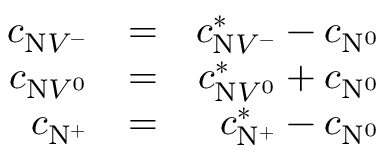
\begin{array} { r l r } { c _ { \mathrm { N } V ^ { - } } } & { = } & { c _ { \mathrm { N } V ^ { - } } ^ { * } - c _ { \mathrm { N } ^ { 0 } } } \\ { c _ { \mathrm { N } V ^ { 0 } } } & { = } & { c _ { \mathrm { N } V ^ { 0 } } ^ { * } + c _ { \mathrm { N } ^ { 0 } } } \\ { c _ { \mathrm { N } ^ { + } } } & { = } & { c _ { \mathrm { N } ^ { + } } ^ { * } - c _ { \mathrm { N } ^ { 0 } } } \end{array}